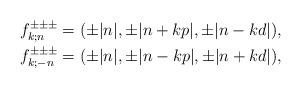
LaTeX: \begin{align*}&f^{\pm\pm\pm}_{k;n}=(\pm|n|,\pm|n+ kp|,\pm|n- kd|),\\&f^{\pm\pm\pm}_{k;-n}=(\pm|n|,\pm|n- kp|,\pm|n+ kd|),\end{align*}